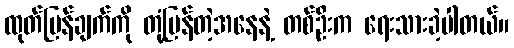
ထုတ်ပြန်ချက်ကို တုံ့ပြန်တဲ့အနေနဲ့ တစ်ဦးက ရေးသားခဲ့ပါတယ်။